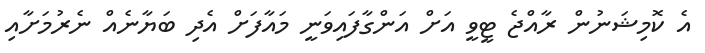
އެ ކޮމިޝަނުން ރާއްޖެ ޓީވީ އަށް އަންގާފައިވަނީ މައާފަށް އެދި ބަޔާނެއް ނެރުމަށާއި